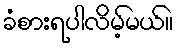
ခံစားရပါလိမ့်မယ်။